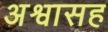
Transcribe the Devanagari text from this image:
अश्वासह